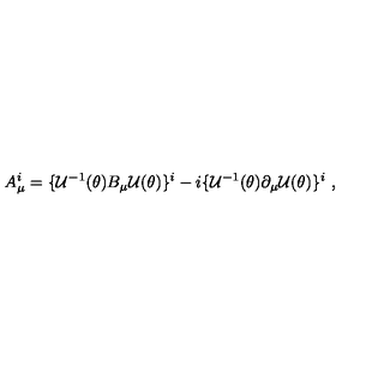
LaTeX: A _ { \mu } ^ { i } = \{ { \cal U } ^ { - 1 } ( \theta ) B _ { \mu } { \cal U } ( \theta ) \} ^ { i } - i \{ { \cal U } ^ { - 1 } ( \theta ) \partial _ { \mu } { \cal U } ( \theta ) \} ^ { i } \ ,